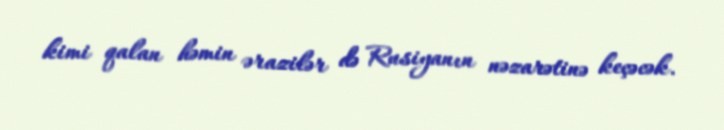
kimi qalan həmin ərazilər də Rusiyanın nəzarətinə keçəcək.